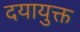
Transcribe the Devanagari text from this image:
दयायुक्त